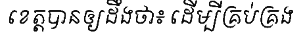
ខេត្តបានឲ្យដឹងថា៖ ដើម្បីគ្រប់គ្រង